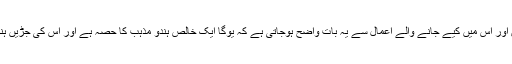
یوگا کی تعریف، اس کے ارکان اور اس میں کیے جانے والے اعمال سے یہ بات واضح ہوجاتی ہے کہ یوگا ایک خالص ہندو مذہب کا حصہ ہے اور اس کی جڑیں ہندو تعلیمات سے جڑی ہوئی ہیں۔